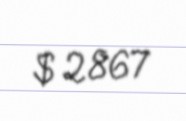
$ 2867